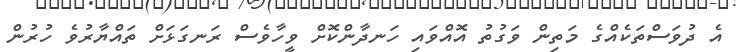
އެ ދުވަސްތަކެއްގެ މަތިން ވަގުތު އޮއްވައި ހަނދާންކޮށް ވީހާވެސް ރަނގަޅަށް ތައްޔާރުވެ ހުރުން